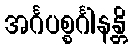
အင်္ဂပစ္စင်္ဂါနန္တိ